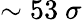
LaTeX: \sim 53~\sigma